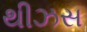
થીઝસ